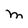
Character: M